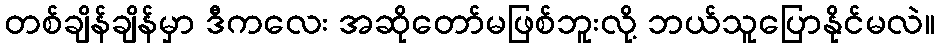
တစ်ချိန်ချိန်မှာ ဒီကလေး အဆိုတော်မဖြစ်ဘူးလို့ ဘယ်သူပြောနိုင်မလဲ။